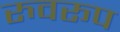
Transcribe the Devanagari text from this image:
रुवरूप